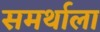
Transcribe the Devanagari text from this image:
समर्थाला